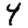
Digit: 4